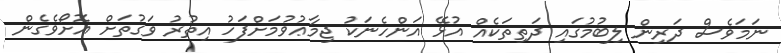
ނަމަވެސް ދަރިން ލިބުމުގައި ދަތިތަކެއް އުޅޭ އަންހެނަކު ޖިމާޢުވުމަށްފަހު އިތުރު ވަގުތަށް އޮށޯވެގެން